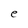
Character: e